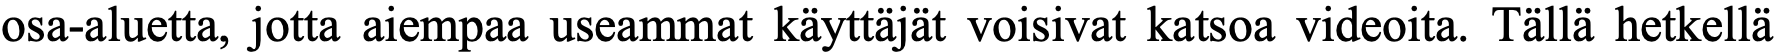
osa-aluetta, jotta aiempaa useammat käyttäjät voisivat katsoa videoita. Tällä hetkellä